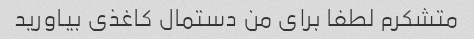
متشکرم لطفا برای من دستمال کاغذی بیاورید